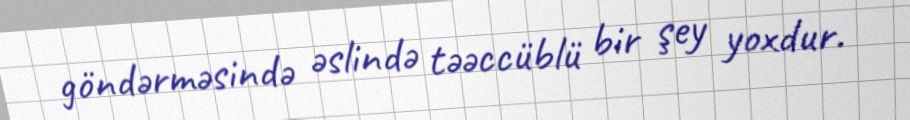
göndərməsində əslində təəccüblü bir şey yoxdur.